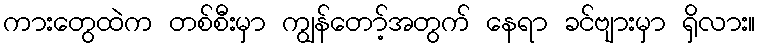
ကားတွေထဲက တစ်စီးမှာ ကျွန်တော့်အတွက် နေရာ ခင်ဗျားမှာ ရှိလား။